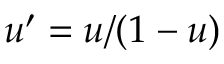
u ^ { \prime } = u / ( 1 - u )